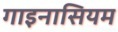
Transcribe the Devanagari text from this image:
गाइनासियम